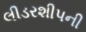
લીડરશીપની